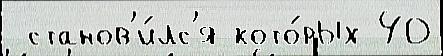
 станов'и́лс'я кото́рых 40